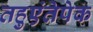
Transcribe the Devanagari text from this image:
तहुएंतेपेक